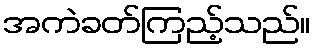
အကဲခတ်ကြည့်သည်။